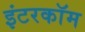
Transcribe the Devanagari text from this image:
इंटरकाॅम